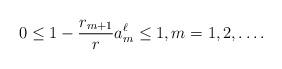
LaTeX: \begin{align*}0\leq1- \frac{r_{m+1}}{r}a_m^\ell\leq1, m=1,2, \ldots.\end{align*}